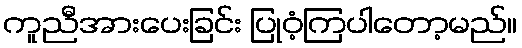
ကူညီအားပေးခြင်း ပြုဝံ့ကြပါတော့မည်။